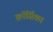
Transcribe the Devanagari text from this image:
क्रॉर्सिका